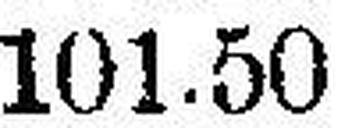
101.50